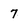
Character: 7